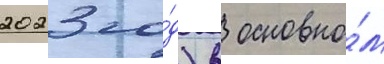
2023 го́д) в основно́м